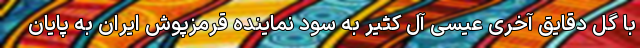
با گل دقایق آخری عیسی آل کثیر به سود نماینده قرمزپوش ایران به پایان